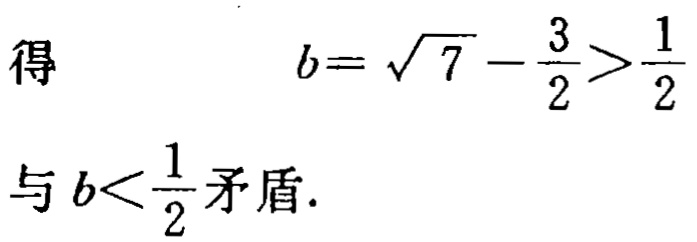
得
\[
b = \sqrt{7} - \frac{3}{2} > \frac{1}{2}
\]
与 \(b < \frac{1}{2}\) 矛盾.